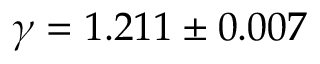
\gamma = 1 . 2 1 1 \pm 0 . 0 0 7